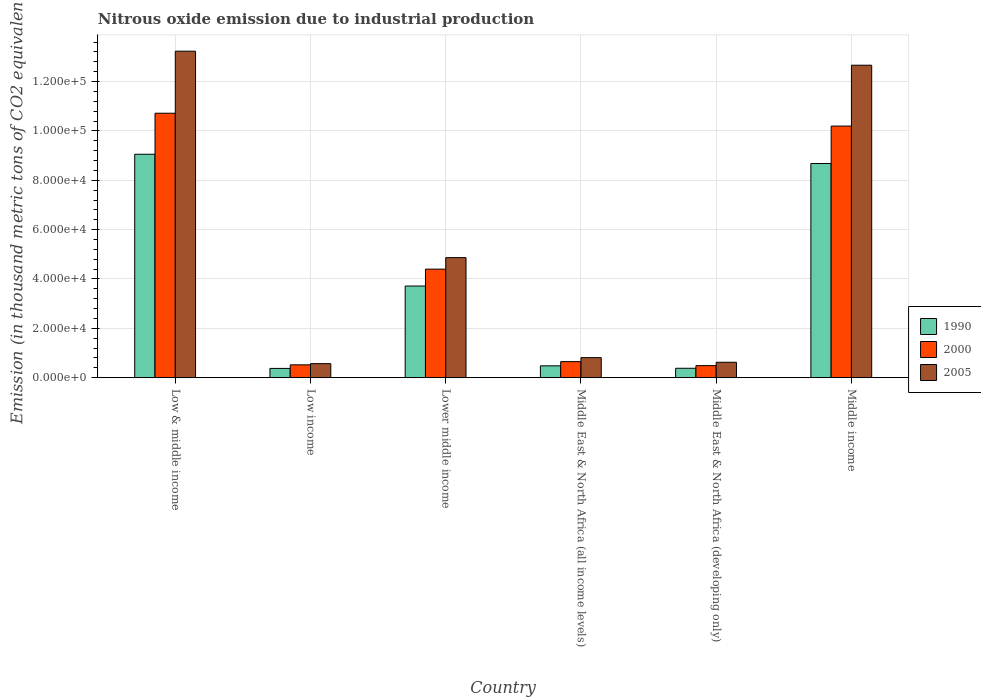
| Country | 1990 | 2000 | 2005 |
 | --- | --- | --- | --- |
 | Low & middle income | 9.05e+04 | 1.07e+05 | 1.32e+05 |
 | Low income | 3.75e+03 | 5.2e+03 | 5.68e+03 |
 | Lower middle income | 3.71e+04 | 4.4e+04 | 4.87e+04 |
 | Middle East & North Africa (all income levels) | 4.8e+03 | 6.5e+03 | 8.12e+03 |
 | Middle East & North Africa (developing only) | 3.81e+03 | 4.88e+03 | 6.24e+03 |
 | Middle income | 8.68e+04 | 1.02e+05 | 1.27e+05 |